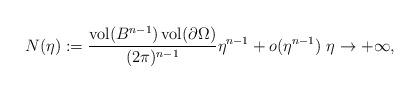
LaTeX: \begin{align*} N(\eta) := \frac{\operatorname{vol}(B^{n-1})\operatorname{vol}(\partial \Omega)}{(2\pi)^{n-1}} \eta^{n-1} + o(\eta^{n-1}) \ \eta \to +\infty,\end{align*}